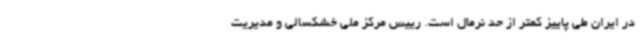
در ایران طی پاییز کمتر از حد نرمال است. رییس مرکز ملی خشکسالی و مدیریت